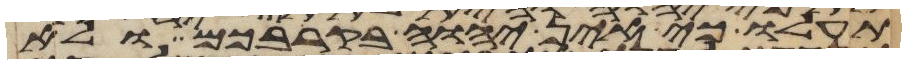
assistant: תעלו כי אין יהוה בקרבכם ולא